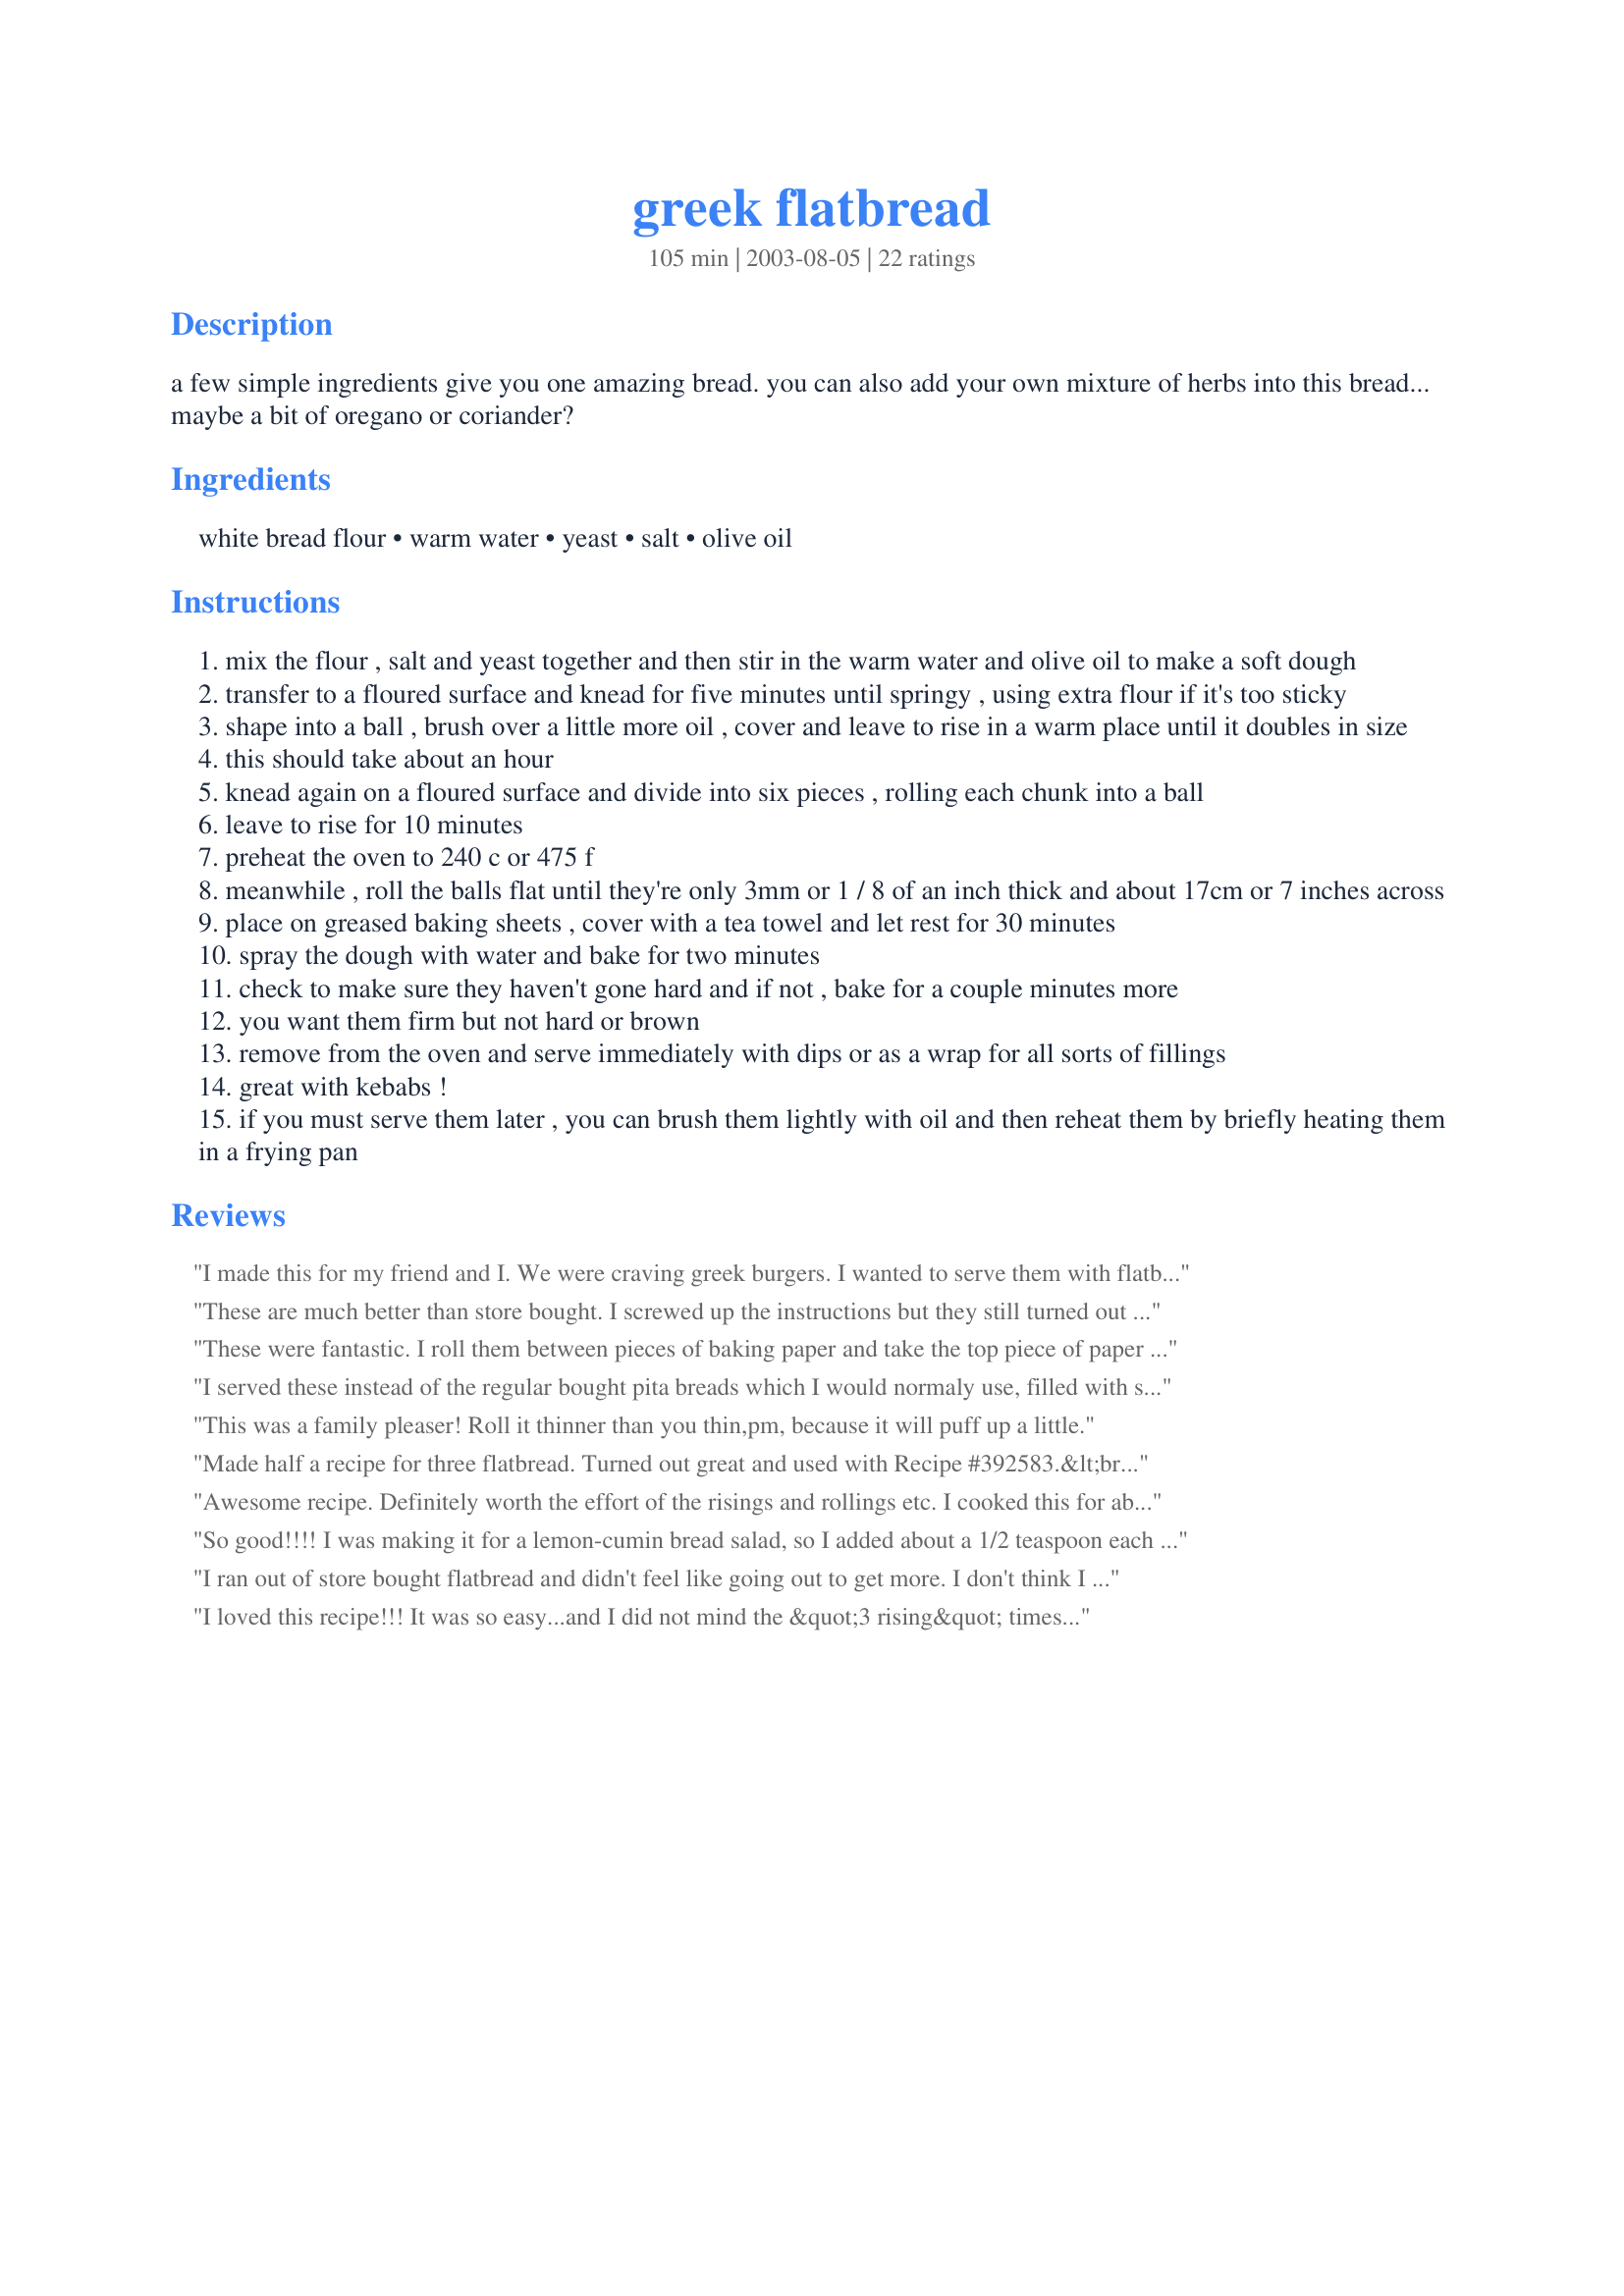
greek flatbread
Preparation time: 105 minutes

a few simple ingredients give you one amazing bread. you can also add your own mixture of herbs into this bread... maybe a bit of oregano or coriander?

Ingredients:
white bread flour, warm water, yeast, salt, olive oil

Steps:
mix the flour , salt and yeast together and then stir in the warm water and olive oil to make a soft dough
transfer to a floured surface and knead for five minutes until springy , using extra flour if it's too sticky
shape into a ball , brush over a little more oil , cover and leave to rise in a warm place until it doubles in size
this should take about an hour
knead again on a floured surface and divide into six pieces , rolling each chunk into a ball
leave to rise for 10 minutes
preheat the oven to 240 c or 475 f
meanwhile , roll the balls flat until they're only 3mm or 1 / 8 of an inch thick and about 17cm or 7 inches across
place on greased baking sheets , cover with a tea towel and let rest for 30 minutes
spray the dough with water and bake for two minutes
check to make sure they haven't gone hard and if not , bake for a couple minutes more
you want them firm but not hard or brown
remove from the oven and serve immediately with dips or as a wrap for all sorts of fillings
great with kebabs !
if you must serve them later , you can brush them lightly with oil and then reheat them by briefly heating them in a frying pan

Reviews:
I made this for my friend and I. We were craving greek burgers. I wanted to serve them with flatbread, but I really didn't want to get storebought bread. The homemade flatbread was delicious. I will never buy storebought again.
These are much better than store bought. I screwed up the instructions but they still turned out well. Instead of letting the dough balls rest I rolled them out and let them rise in the oven. Consequently they took longer to bake and I sprayed them with Pam not water. They were good dispite my mistakes. Thanks for the recipe.
These were fantastic. I roll them between pieces of baking paper and take the top piece of paper off and just put the other piece in the oven. Worked a treat and I didn't need to spray my flatbreads. They puffed up beautifully and tasted wonderful.
They also heated up nicely on the BBQ later. Six star recipe!
I served these instead of the regular bought pita breads which I would normaly use, filled with salad, lamb patties and yoghurt cucumber dressing and it made the meal soooooooo much better. I only had plain flour, so I used it and I don't know if that was the reason, but I found I needed quite a bit extra because the dough was really sticky. I halved the recipe and it worked well. I sprinkeled half with some sesame seeds, which worked well.
This was a family pleaser! Roll it thinner than you thin,pm, because it will puff up a little.
Made half a recipe for three flatbread. Turned out great and used with Recipe #392583.&lt;br/&gt;Will use the leftover for sandwich.
Awesome recipe. Definitely worth the effort of the risings and rollings etc. I cooked this for about 5 minutes on each side, then turned the oven off and made a smoked salmon spread by MarieAlice to serve them with. They were firmer and cripy on some edges in the end. Perfect in my eyes!!
So good!!!! I was making it for a lemon-cumin bread salad, so I added about a 1/2 teaspoon each of cumin, yellow curry powder, and coriander. The ones that I rolled out thin puffed up like pita bread and the ones that were a little thicker than recommended were more like the flatbread they serve gyros on. All of it was soooo good! I may never buy pita bread again.
I ran out of store bought flatbread and didn't feel like going out to get more. I don't think I ever will again...this is soft and wonderful!! Easy to prepare and store and quick to bake! Thanks!!
I loved this recipe!!! It was so easy...and I did not mind the &quot;3 rising&quot; times! I added some Zaa'tar seasoning during the cooking time (on 3 of the flatbreads) and they turned out amazeballs!! Super happy and will definitely be making this again! :)
I haven't had flatbread before so I can't compare this to a traditional "flatbread". It reminded me of a pita type bread. I used the conversions by Audrey Parrish with good results. I used this for an artichoke pizza. It was very good and I will make again.
A wonderful recipe, and very easy to follow the directions, thank you.
This recipe looks great! I am trying to lose weight, and love eating salads in a flatbread. I have been wanting to make my own forever, but just never found the right recipe..til now. And the suggestions in the other reviews are helpful too, as I want to make a batch and freeze. 
I plan on trying to flavor mine like they do in the stores..onion, garlic, sun-dried tomato, and poss a combo parmesan/garlic/SDT. You've made me a 'happy camper' and I can't wait to try this!
Sackville Girl, you have a winner here! I went a little on the undercooked side and am glad I did. I just pop them out of the freezer and into my toaster oven and they reheat to perfection! (microwave works too in a pinch) Didn't have a way to spray water, so used olive oil nonstick spray instead. Can't wait to try the seasonings suggested by Stephanie. Store bought never again. Thank you Sackville Girl!
I made a wheat free version of this recipe using white spelt, rice, and sorghum flours, and they turned out light and wonderful. Great recipe!!
Not quite what I expected from a flatbread. I couldn't bend them without splitting for a sandwhich (which is what my intention for making these were for). They were good for a side-bread for a meal, but I was really looking forward to the sandwhich. I even made them a bit thinner than shown & even waited a day to try again on the folding. Still broke. My BH said this would make a nice pizza crust. Maybe next time?
Absolutely wonderful! I had a dinner group meeting last night w/ a Greek theme. I made these for the group and everyone loved them. I did not even have enough olive oil, had to use part vegetable oil, and they were still great. Thanks for the keeper!
Very good! I wasn't sure what to expect, but my kids were fighting over the last one!!!
I was somewhat confused by the European measurements for this recipe, and so used a scant 2 cups bread flour, 2/3 cup water, 1 1/2 teaspoons yeast, 1 tablespoon olive oil, 1/2 teaspoon salt, and 1/2 teaspoon dried oregano to make 4 eight-inch flatbreads. I cut the pita-like bread into wedges with a pizza-wheel and lightly toasted them for serving with Butter Bean Hummus #105181. This bread is also delicious plain ~ My husband says it would make great pizza crust! Thanks for sharing the recipe!
So easy and tastes so much better than store bought. Thanks for sharing, I'll be making these again and again.
really delicious... I think I may have forgotten one of the last risings but it was still great. Not dry.. very fluffy, filling, and this made quite a bit when I cut into small triangles for hummus (the dough was a little dry though). I did have to cook about twice as long though... about 2 minutes on each side. Thanks for the great recipe!
I have never been good at baking, especially yeast bread. This recipe couln't be easier! Not only that, but the flatbread was incredibly soft and delicious! I actually used white whole wheat flour. I figured out the conversions for the ingredients and thought I'd list them for anyone else in need:

4 1/2 c. flour
1 1/4 c. water
2 t. yeast

Thankyou for posting this recipe. I'm planning on making these again this coming week with some lemon rice Greek soup and gyros with yogurt sauce and hummus. YUM! I've been inspired!
